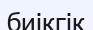
биікгік